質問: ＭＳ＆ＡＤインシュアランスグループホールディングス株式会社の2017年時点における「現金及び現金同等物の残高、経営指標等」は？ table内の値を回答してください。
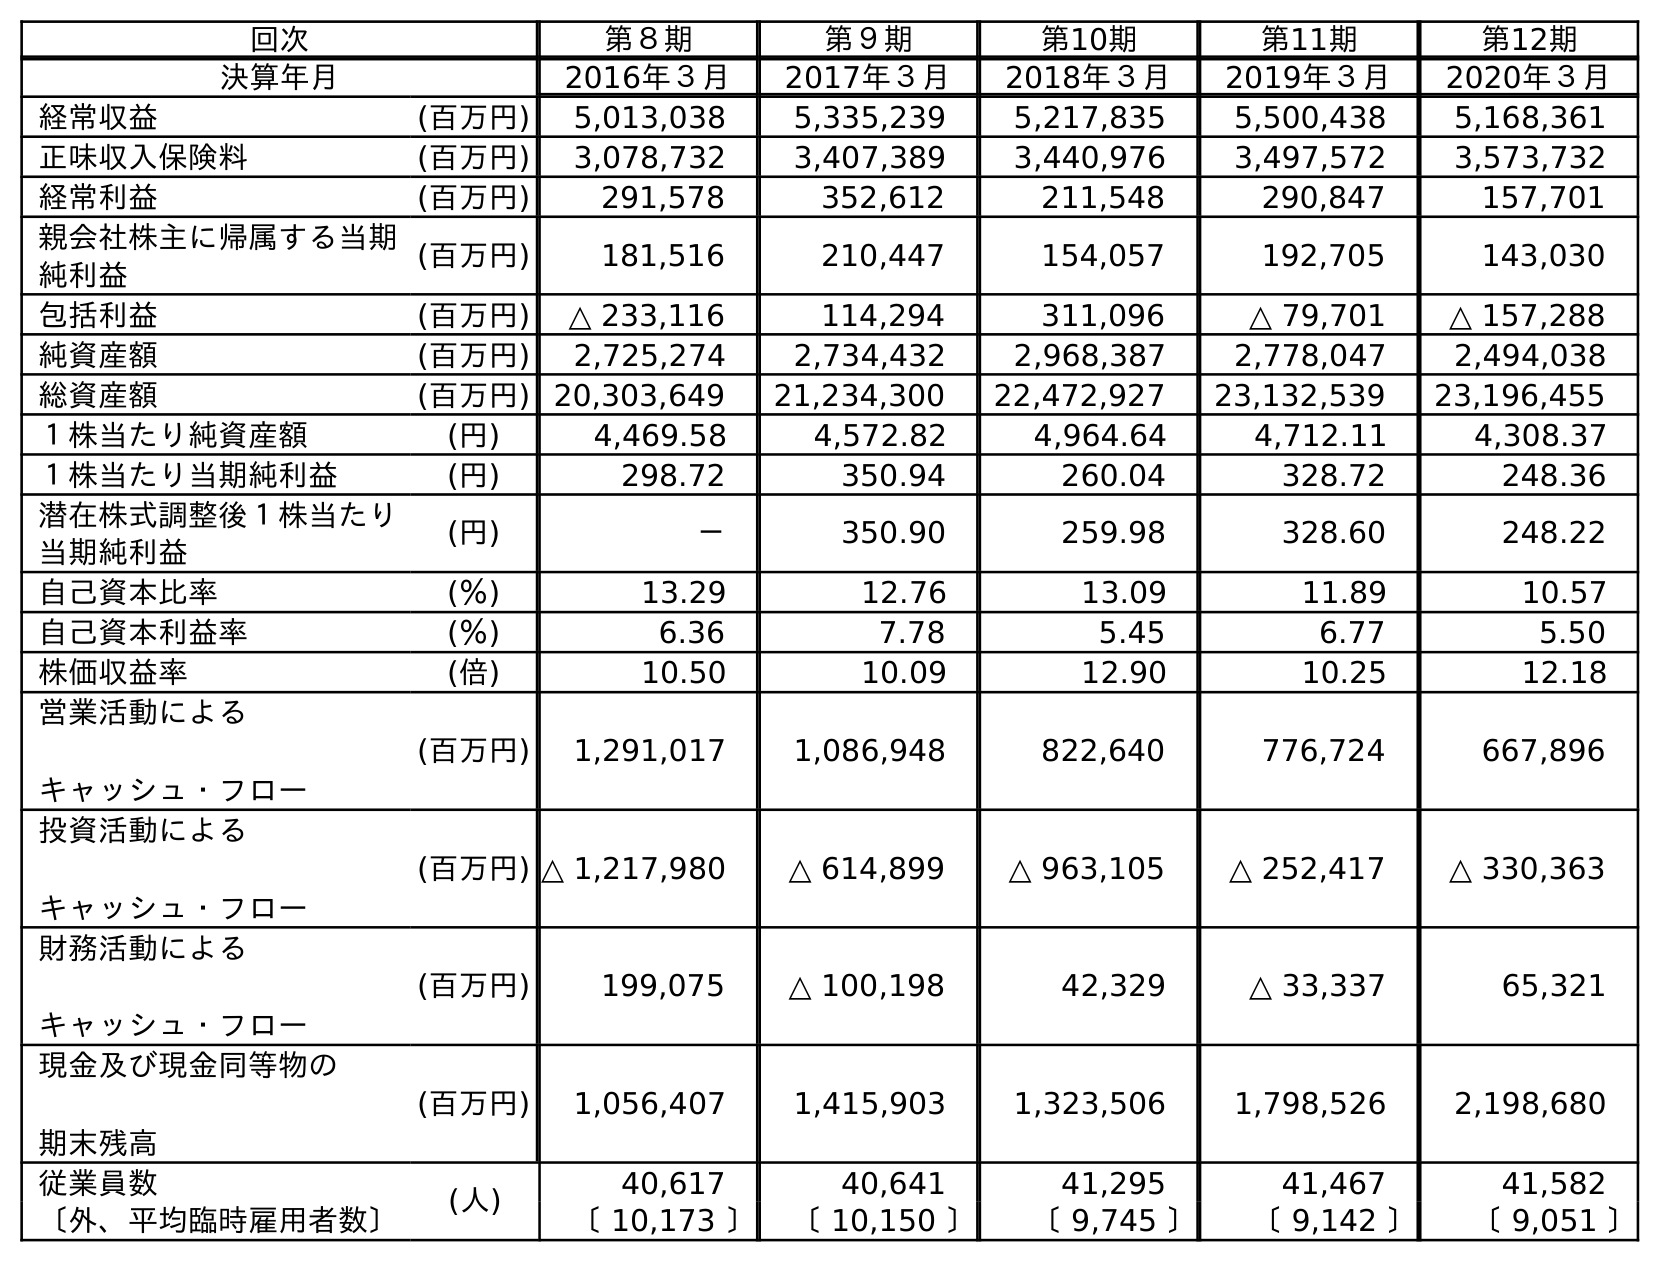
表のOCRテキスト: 回次 第８期 第９期 第10期 第11期 第12期 決算年月 2016年３月 2017年３月 2018年３月 2019年３月 2020年３月 経常収益 (百万円) 5,013,038 5,335,239 5,217,835 5,500,438 5,168,361 正味収入保険料 (百万円) 3,078,732 3,407,389 3,440,976 3,497,572 3,573,732 経常利益 (百万円) 291,578 352,612 211,548 290,847 157,701 親会社株主に帰属する当期 純利益 (百万円) 181,516 210,447 154,057 192,705 143,030 包括利益 (百万円) △ 233,116 114,294 311,096 △ 79,701 △ 157,288 純資産額 (百万円) 2,725,274 2,734,432 2,968,387 2,778,047 2,494,038 総資産額 (百万円) 20,303,649 21,234,300 22,472,927 23,132,539 23,196,455 １株当たり純資産額 (円) 4,469.58 4,572.82 4,964.64 4,712.11 4,308.37 １株当たり当期純利益 (円) 298.72 350.94 260.04 328.72 248.36 潜在株式調整後１株当たり 当期純利益 (円) － 350.90 259.98 328.60 248.22 自己資本比率 (％) 13.29 12.76 13.09 11.89 10.57 自己資本利益率 (％) 6.36 7.78 5.45 6.77 5.50 株価収益率 (倍) 10.50 10.09 12.90 10.25 12.18 営業活動による キャッシュ・フロー (百万円) 1,291,017 1,086,948 822,640 776,724 667,896 投資活動による キャッシュ・フロー (百万円) △ 1,217,980 △ 614,899 △ 963,105 △ 252,417 △ 330,363 財務活動による キャッシュ・フロー (百万円) 199,075 △ 100,198 42,329 △ 33,337 65,321 現金及び現金同等物の 期末残高 (百万円) 1,056,407 1,415,903 1,323,506 1,798,526 2,198,680 従業員数 (人) 40,617 40,641 41,295 41,467 41,582 〔外、平均臨時雇用者数〕 〔 10,173 〕 〔 10,150 〕 〔 9,745 〕 〔 9,142 〕 〔 9,051 〕
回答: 1,415,903